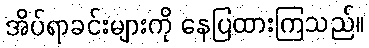
အိပ်ရာခင်းများကို နေပြထားကြသည်။